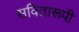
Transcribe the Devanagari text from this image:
सवितारूपी